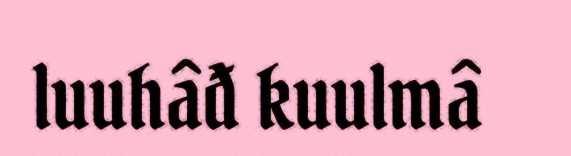
luuhâđ kuulmâ